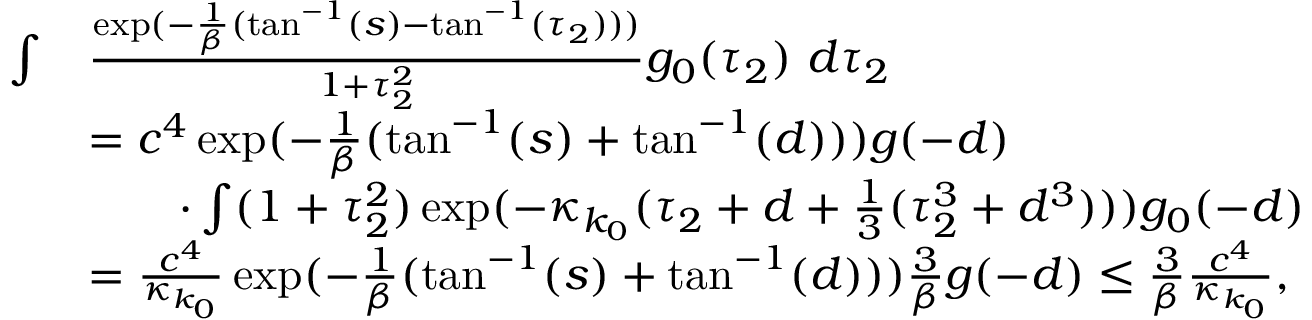
\begin{array} { r l } { \int } & { \frac { \exp ( - \frac 1 \beta ( \tan ^ { - 1 } ( s ) - \tan ^ { - 1 } ( \tau _ { 2 } ) ) ) } { 1 + \tau _ { 2 } ^ { 2 } } g _ { 0 } ( \tau _ { 2 } ) \ d \tau _ { 2 } } \\ & { = c ^ { 4 } \exp ( - \frac 1 \beta ( \tan ^ { - 1 } ( s ) + \tan ^ { - 1 } ( d ) ) ) g ( - d ) } \\ & { \qquad \cdot \int ( 1 + \tau _ { 2 } ^ { 2 } ) \exp ( - \kappa _ { k _ { 0 } } ( \tau _ { 2 } + d + \frac 1 3 ( \tau _ { 2 } ^ { 3 } + d ^ { 3 } ) ) ) g _ { 0 } ( - d ) } \\ & { = \frac { c ^ { 4 } } { \kappa _ { k _ { 0 } } } \exp ( - \frac 1 \beta ( \tan ^ { - 1 } ( s ) + \tan ^ { - 1 } ( d ) ) ) \frac 3 \beta g ( - d ) \le \frac 3 \beta \frac { c ^ { 4 } } { \kappa _ { k _ { 0 } } } , } \end{array}